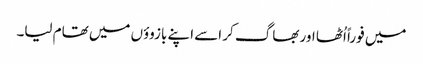
میں فوراً اُٹھا اور بھاگ کر اسے اپنے بازوؤں میں تھام لیا۔